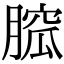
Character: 𦞭